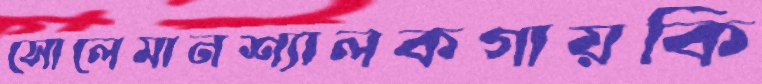
সোলেমানশ্যালকগায়কি